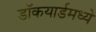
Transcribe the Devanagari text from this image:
डॉकयार्डमध्ये